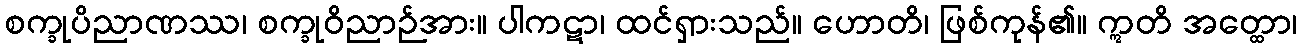
စက္ခုပိညာဏဿ၊ စက္ခုဝိညာဉ်အား။ ပါကဋာ၊ ထင်ရှားသည်။ ဟောတိ၊ ဖြစ်ကုန်၏။ ဣတိ အတ္ထော၊